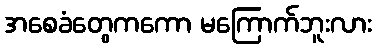
အစေခံတွေကကော မကြောက်ဘူးလား